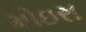
મોઇરા